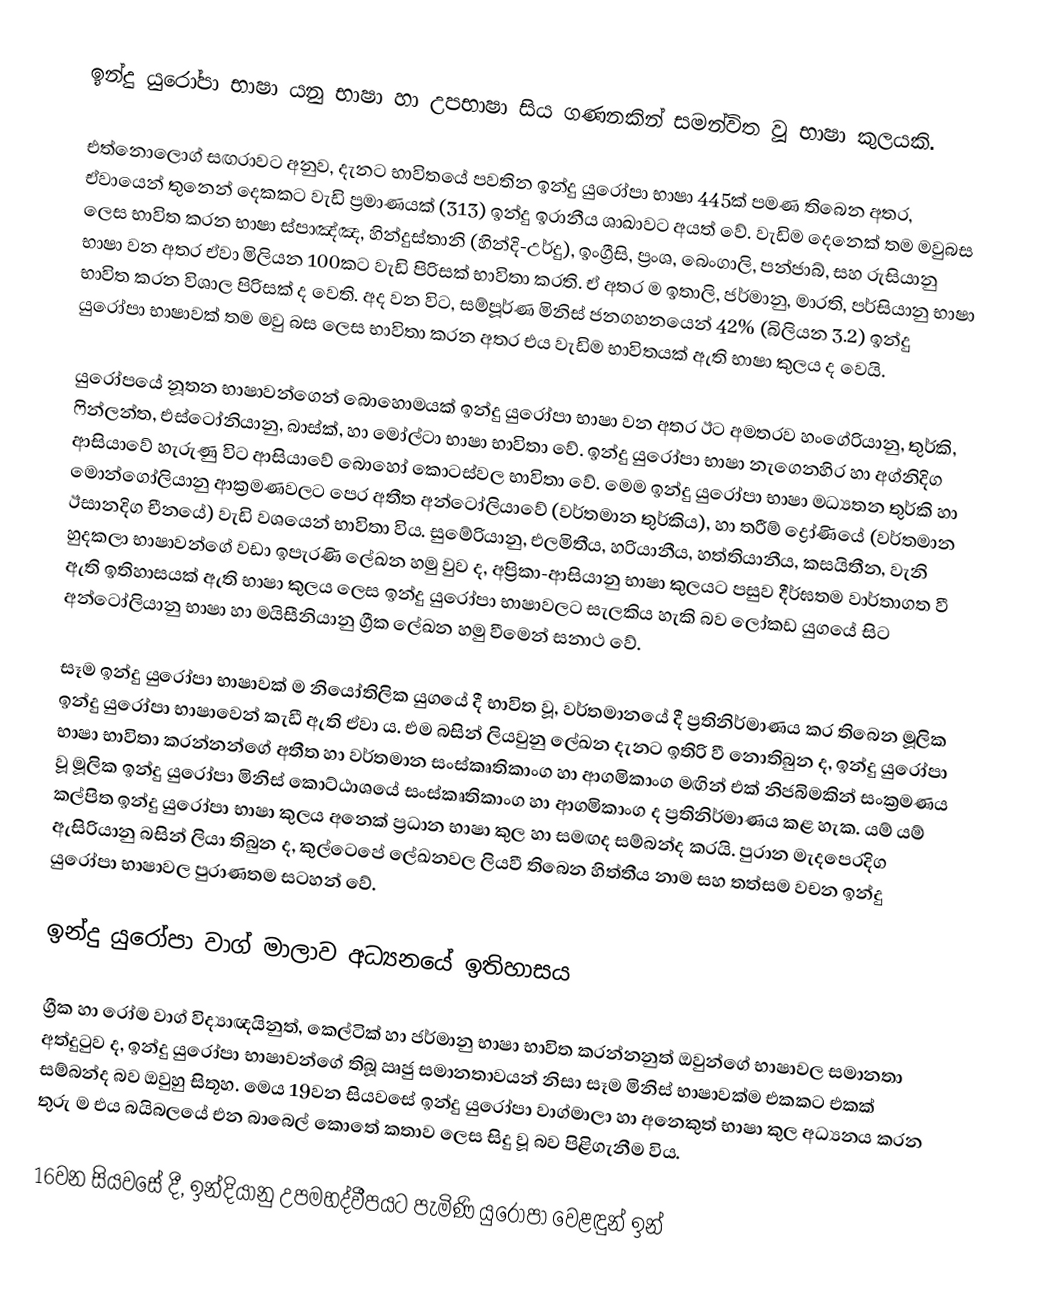
ඉන්දු යුරෝපා භාෂා යනු භාෂා හා උපභාෂා සිය ගණනකින් සමන්විත වූ භාෂා කුලයකි.

එත්නොලොග් සඟරාවට අනුව, දැනට භාවිතයේ පවතින ඉන්දු යුරෝපා භාෂා 445ක් පමණ තිබෙන අතර, ඒවායෙන් තුනෙන් දෙකකට වැඩි ප්‍රමාණයක් (313) ඉන්දු ඉරානීය ශාඛාවට අයත් වේ. වැඩිම දෙනෙක් තම මවුබස ලෙස භාවිත කරන භාෂා ස්පාඤ්ඤ, හින්දුස්තානි (හින්දි-උර්දු), ඉංග්‍රීසි, ප්‍රංශ, බෙංගාලි, පන්ජාබ්, සහ රුසියානු භාෂා වන අතර ඒවා මිලියන 100කට වැඩි පිරිසක් භාවිතා කරති. ඒ අතර ම ඉතාලි, ජර්මානු, මාරති, පර්සියානු භාෂා භාවිත කරන විශාල පිරිසක් ද වෙති. අද වන විට, සම්පූර්ණ මිනිස් ජනගහනයෙන් 42% (බිලියන 3.2) ඉන්දු යුරෝපා භාෂාවක් තම මවු බස ලෙස භාවිතා කරන අතර එය වැඩිම භාවිතයක් ඇති භාෂා කුලය ද වෙයි.

යුරෝපයේ නූතන භාෂාවන්ගෙන් බොහොමයක් ඉන්දු යුරෝපා භාෂා වන අතර ඊට අමතරව හංගේරියානු, තුර්කි, ෆින්ලන්ත, එස්ටෝනියානු, බාස්ක්, හා මෝල්ටා භාෂා භාවිතා වේ. ඉන්දු යුරෝපා භාෂා නැගෙනහිර හා අග්නිදිග ආසියාවේ හැරුණු විට ආසියාවේ බොහෝ කොටස්වල භාවිතා වේ. මෙම ඉන්දු යුරෝපා භාෂා මධ්‍යතන තුර්කි හා මොන්ගෝලියානු ආක්‍රමණවලට පෙර අතීත අන්ටෝලියාවේ (වර්තමාන තුර්කිය), හා තරීම් ද්‍රෝණියේ (වර්තමාන ඊසානදිග චීනයේ) වැඩි වශයෙන් භාවිතා විය. සුමේරියානු, එලමිතීය, හරියානීය, හත්තියානීය, කසයිතීන, වැනි හුදකලා භාෂාවන්ගේ වඩා ඉපැරණි ලේඛන හමු වුව ද, අප්‍රිකා-ආසියානු භාෂා කුලයට පසුව දීර්ඝතම වාර්තාගත වී ඇති ඉතිහාසයක් ඇති භාෂා කුලය ලෙස ඉන්දු යුරෝපා භාෂාවලට සැලකිය හැකි බව ලෝකඩ යුගයේ සිට  අන්ටෝලියානු භාෂා හා මයිසීනියානු ග්‍රීක ලේඛන හමු වීමෙන් සනාථ වේ.

සෑම ඉන්දු යුරෝපා භාෂාවක් ම නියෝතිලික යුගයේ දී භාවිත වූ, වර්තමානයේ දී ප්‍රතිනිර්මාණය කර තිබෙන මූලික ඉන්දු යුරෝපා භාෂාවෙන් කැඩී ඇති ඒවා ය. එම බසින් ලියවුනු ලේඛන දැනට ඉතිරි වී නොතිබුන ද, ඉන්දු යුරෝපා භාෂා භාවිතා කරන්නන්ගේ අතීත හා වර්තමාන සංස්කෘතිකාංග හා ආගමිකාංග මඟින් එක් නිජබිමකින් සංක්‍රමණය වූ මූලික ඉන්දු යුරෝපා මිනිස් කොට්ඨාශයේ සංස්කෘතිකාංග හා ආගමිකාංග ද ප්‍රතිනිර්මාණය කළ හැක. යම් යම් කල්පිත ඉන්දු යුරෝපා භාෂා කුලය අනෙක් ප්‍රධාන භාෂා කුල හා සමඟද සම්බන්ද කරයි. පුරාන මැදපෙරදිග ඇසිරියානු බසින් ලියා තිබුන ද, කුල්ටෙපේ ලේඛනවල ලියවී තිබෙන හිත්තීය නාම සහ තත්සම වචන ඉන්දු යුරෝපා භාෂාවල පුරාණතම සටහන් වේ.

ඉන්දු යුරෝපා වාග් මාලාව අධ්‍යනයේ ඉතිහාසය

ග්‍රීක හා රෝම වාග් විද්‍යාඥයිනුත්, කෙල්ටික් හා ජර්මානු භාෂා භාවිත කරන්නනුත් ඔවුන්ගේ භාෂාවල සමානතා අත්දුටුව ද, ඉන්දු යුරෝපා භාෂාවන්ගේ තිබූ ඍජු සමානතාවයන් නිසා සෑම මිනිස් භාෂාවක්ම එකකට එකක් සම්බන්ද බව ඔවුහු සිතූහ. මෙය 19වන සියවසේ ඉන්දු යුරෝපා වාග්මාලා හා අනෙකුත් භාෂා කුල අධ්‍යනය කරන තුරු ම එය බයිබලයේ එන බාබෙල් කොතේ කතාව ලෙස සිදු වූ බව පිළිගැනීම විය.

16වන සියවසේ දී, ඉන්දියානු උපමහද්වීපයට පැමිණි යුරෝපා වෙළඳුන් ඉන්